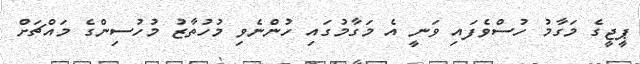
ޕީޖީގެ މަގާމު ހުސްވެފައި ވަނީ އެ މަގާމުގައި ހުންނެވި މުހުތާޒު މުހުސިންގެ މައްޗަށް